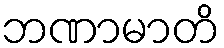
ဘဏာမာတိ